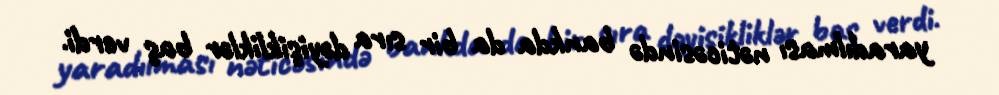
yaradılması nəticəsində bankda da bir sıra dəyişikliklər baş verdi.